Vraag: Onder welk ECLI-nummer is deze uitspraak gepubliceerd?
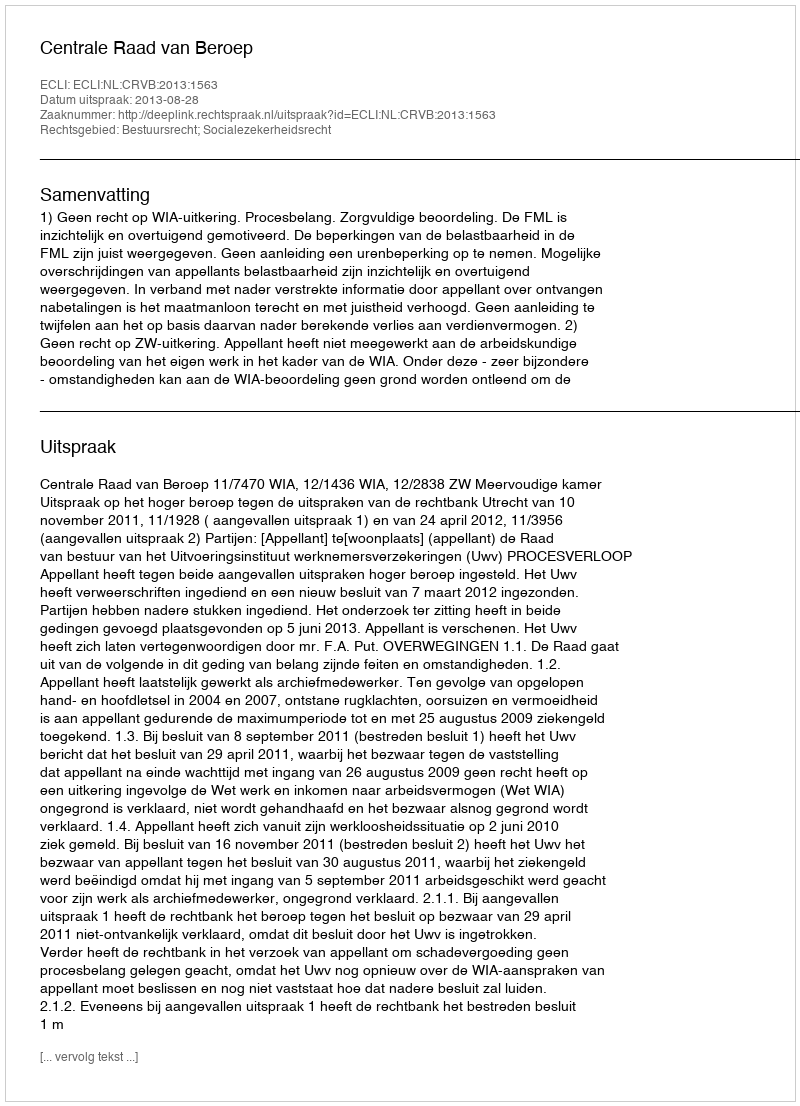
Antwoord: ECLI:NL:CRVB:2013:1563